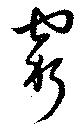
窮